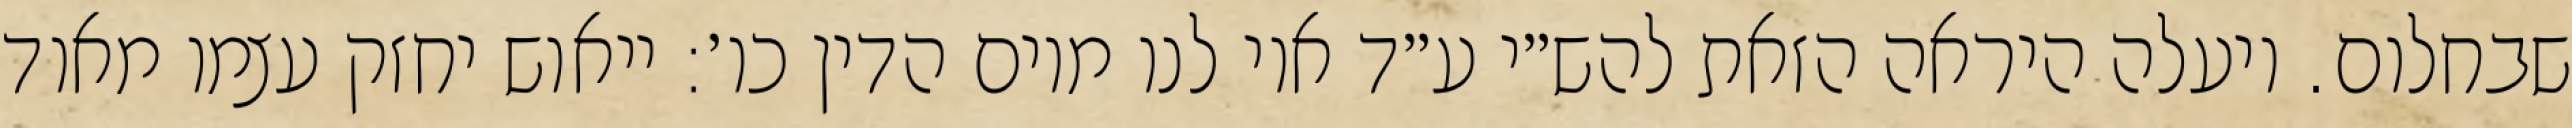
שבחלום. ויעלה היראה הזאת להש״י ע״ד אוי לנו מיום הדין כו׳: ייאוש יחזק עצמו מאוד